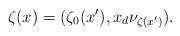
LaTeX: \begin{align*}\zeta(x) = (\zeta_0(x'),x_d\nu_{\zeta(x')}).\end{align*}